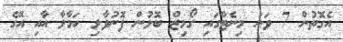
އެގޮތުން 7 ވަނަ މިނެޓްގައި ގޯމިޒް ބޮލުން ފޮނުވާލި ހަމާލާ އާއި އޭގެ